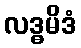
လဒ္ဓမိဒံ